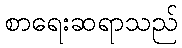
စာရေးဆရာသည်